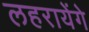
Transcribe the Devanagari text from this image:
लहरायेंगे